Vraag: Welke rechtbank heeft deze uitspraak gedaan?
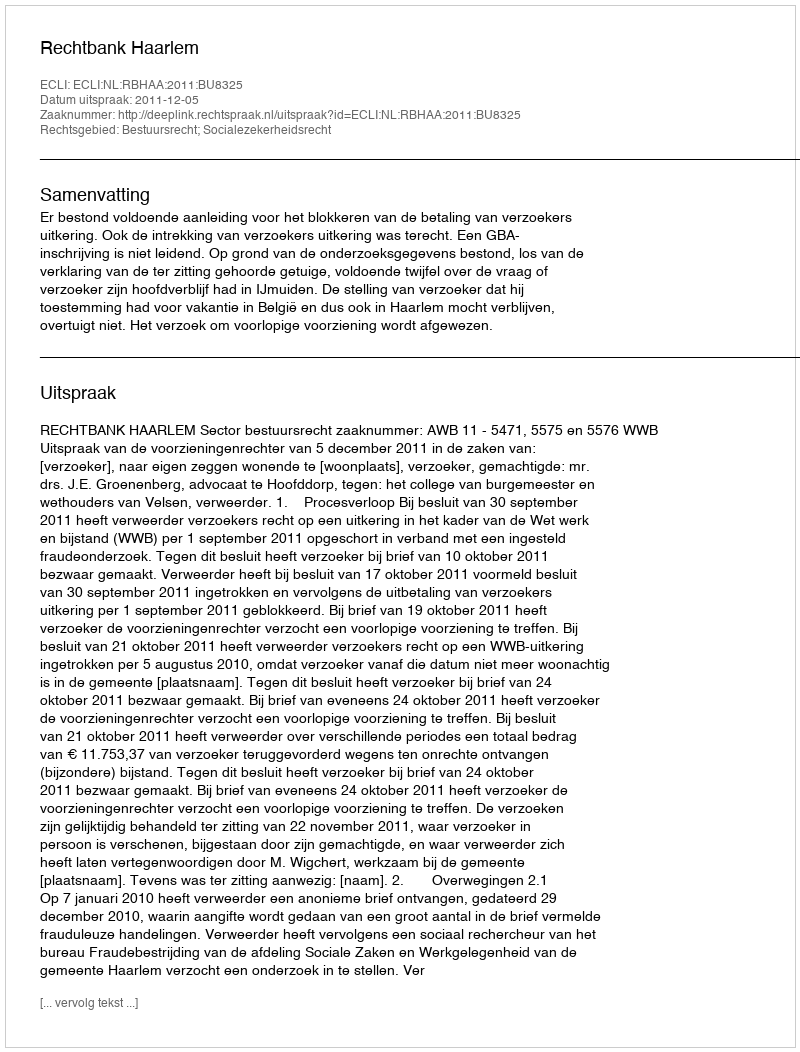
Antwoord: Rechtbank Haarlem